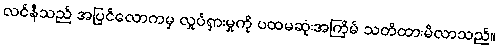
လင်နီသည် အပြင်လောကမှ လှုပ်ရှားမှုကို ပထမဆုံးအကြိမ် သတိထားမိလာသည်။